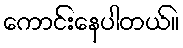
ကောင်းနေပါတယ်။